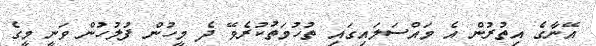
އޭނާގެ އިތުރުން އެ މައްސަލައިގައި ތުހުމަތުކުރެވޭ ދެ މީހުން ފުލުހުން ވަނީ މީގެ